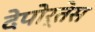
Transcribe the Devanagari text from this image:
देपोर्तेस